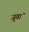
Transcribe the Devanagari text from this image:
जुवां